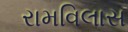
રામવિલાસ